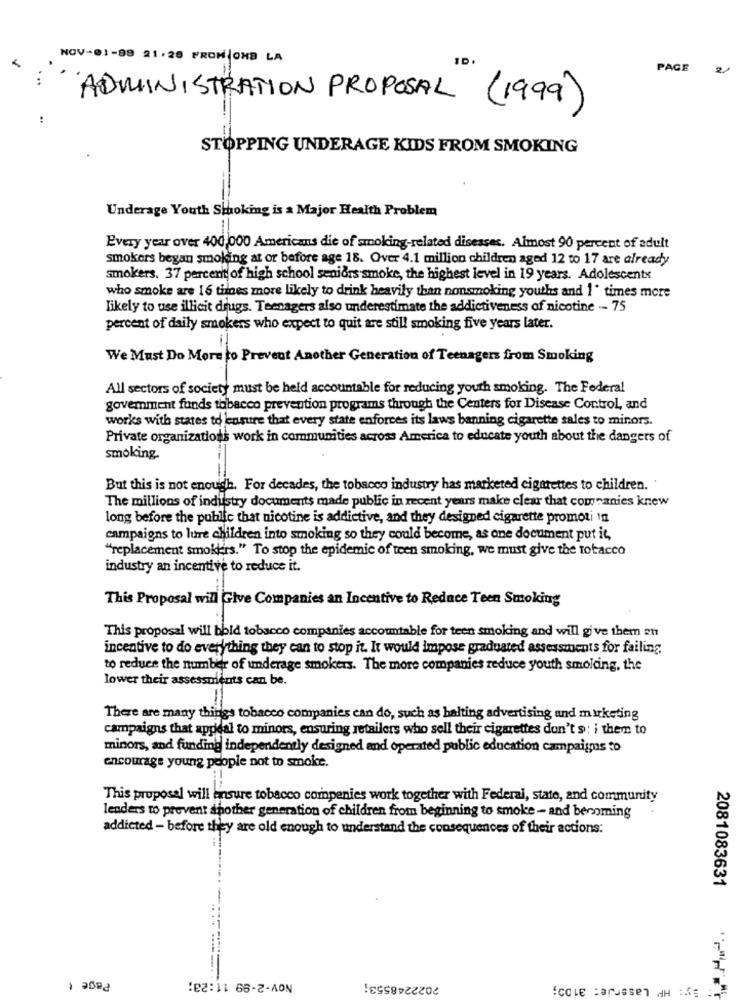
NOV-01-99 21.28 PROM OMB LA
PAGE
2
ADMINISTRATION PROPOSAL (1999)
STOPPING UNDERAGE KIDS FROM SMOKING
Underage Youth Shoking is a Major Health Problem
Every year over 400,000 Americans die of smoking-related diseases. Almost 90 percent of adult
smokers began smoking at or before age 18. Over 4.1 million children aged 12 to 17 are already
smokers. 37 percent of high school senidrs smoke, the highest level in 19 years. Adolescents
who smoke are 16 tidnes more likely to drink heavily than nonsmoking youths and 1" times more
likely to use illicit drugs. Teenagers also underestimate the addictiveness of nicotine -- 75
percent of daily smokers who expect to quit are still smoking five years later.
We Must Do More to Prevent Another Generation of Teenagers from Smoking
All sectors of society must be held accountable for reducing yourh smoking. The Federal
goverment funds tobacco prevention programs through the Centers for Disease Control, and
works with states to ensure that every state enforces its laws banning cigarette sales to minors.
Private organizations work in communities across America to educate youth about the dangers of
smoking.
But this is not enough. For decades, the tobacco industry has marketed cigarettes to children."
The millions of industry documents made public in recent years make clear that companies knew
long before the public that nicotine is addictive, and they designed cigarette promoti In
campaigns to lure children into smoking so they could become, as one document put it,
"replacement smokkers." To stop the epidemic of teen smoking, we must give the tobacco
industry an incentive to reduce it.
This Proposal will Give Companies an Incentive to Reduce Teen Smoking
This proposal will bbid tobacco companies accountable for teen smoking and will give them an
incentive to do everything they can to stop it. It would impose graduated assessments for failing,
to reduce the number of underage smokers. The more companies reduce youth smolding, the
lower their assessments can be.
There are many things tobacco companies can do, such as halting advertising and marketing
campaigns that appeal to minors, ensuring retailers who sell their cigarettes don't 9: i them to
minors, and funding independently designed and operated public education campaigns to
encourage young people not to smoke.
This proposal will ensure tobacco companies work together with Federal, state, and community
leaders to prevent another generation of children from beginning to smoke - and becoming
addicted - before they are old enough to understand the consequences of their actions:
2081083631
Page
....-...
Nov-2-99 11:23;
2022248553;
By: HP Laserje: 3100;